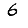
Digit: 6